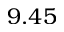
9 . 4 5